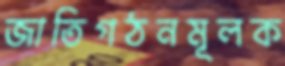
জাতিগঠনমূলক